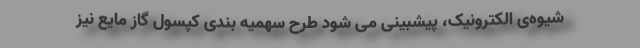
شیوه‌ی الکترونیک، پیشبینی می شود طرح سهمیه بندی کپسول گاز مایع نیز